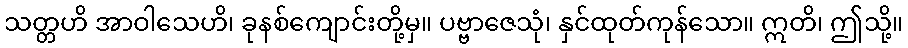
သတ္တဟိ အာဝါသေဟိ၊ ခုနစ်ကျောင်းတို့မှ။ ပဗ္ဗာဇေသုံ၊ နှင်ထုတ်ကုန်သော။ ဣတိ၊ ဤသို့။